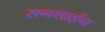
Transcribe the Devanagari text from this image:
सनशाईन